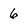
Character: 6